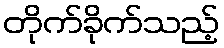
တိုက်ခိုက်သည့်